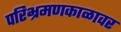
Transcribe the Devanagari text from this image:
परिभ्रमणकाळावर